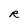
Character: R